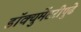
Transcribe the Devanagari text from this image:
डॉक्युमेंटरीपुढे